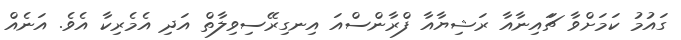
ގައުމު ކަމަށްވާ ޗަައިނާއާ ރަޝިޔާއާ ފްރާންސްއަ އިނގިރޭސިވިލާތް އަދި އެމެރިކާ އެވެ. އަނެއް